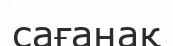
сағанақ